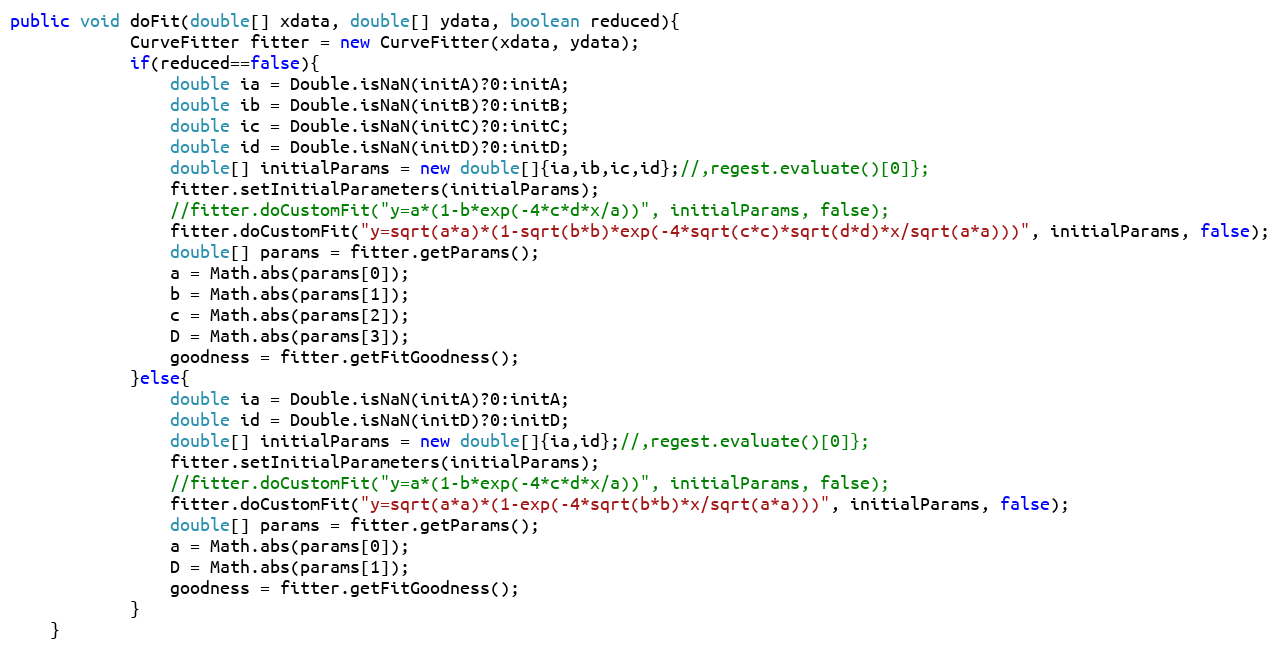
Language: Java
public void doFit(double[] xdata, double[] ydata, boolean reduced){
			CurveFitter fitter = new CurveFitter(xdata, ydata);
			if(reduced==false){
				double ia = Double.isNaN(initA)?0:initA;
				double ib = Double.isNaN(initB)?0:initB;
				double ic = Double.isNaN(initC)?0:initC;
				double id = Double.isNaN(initD)?0:initD;
				double[] initialParams = new double[]{ia,ib,ic,id};//,regest.evaluate()[0]};
				fitter.setInitialParameters(initialParams);
				//fitter.doCustomFit("y=a*(1-b*exp(-4*c*d*x/a))", initialParams, false);
				fitter.doCustomFit("y=sqrt(a*a)*(1-sqrt(b*b)*exp(-4*sqrt(c*c)*sqrt(d*d)*x/sqrt(a*a)))", initialParams, false);
				double[] params = fitter.getParams();
				a = Math.abs(params[0]);
				b = Math.abs(params[1]);
				c = Math.abs(params[2]);
				D = Math.abs(params[3]);
				goodness = fitter.getFitGoodness();
			}else{
				double ia = Double.isNaN(initA)?0:initA;
				double id = Double.isNaN(initD)?0:initD;
				double[] initialParams = new double[]{ia,id};//,regest.evaluate()[0]};
				fitter.setInitialParameters(initialParams);
				//fitter.doCustomFit("y=a*(1-b*exp(-4*c*d*x/a))", initialParams, false);
				fitter.doCustomFit("y=sqrt(a*a)*(1-exp(-4*sqrt(b*b)*x/sqrt(a*a)))", initialParams, false);
				double[] params = fitter.getParams();
				a = Math.abs(params[0]);
				D = Math.abs(params[1]);
				goodness = fitter.getFitGoodness();
			}
	}